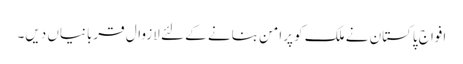
افواج پاکستان نے ملک کو پرامن بنانے کے لئے لازوال قربانیاں دیں۔